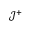
\mathcal { J } ^ { + }